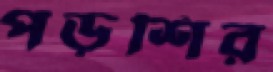
পড়শির